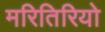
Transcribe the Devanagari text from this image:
मरितिरियो